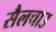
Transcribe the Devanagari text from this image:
सैलचाउ